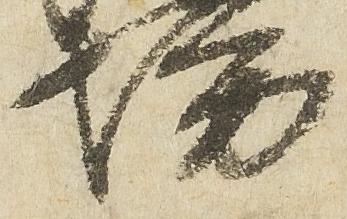
坊